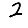
Digit: 2